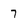
Character: 7